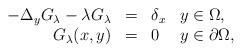
LaTeX: \begin{align*}\begin{array}{rlll}-\Delta_yG_\lambda-\lambda G_\lambda&=&\delta_x&y\in \Omega,\\G_\lambda(x, y)&=&0&y\in \partial\Omega,\end{array}\end{align*}